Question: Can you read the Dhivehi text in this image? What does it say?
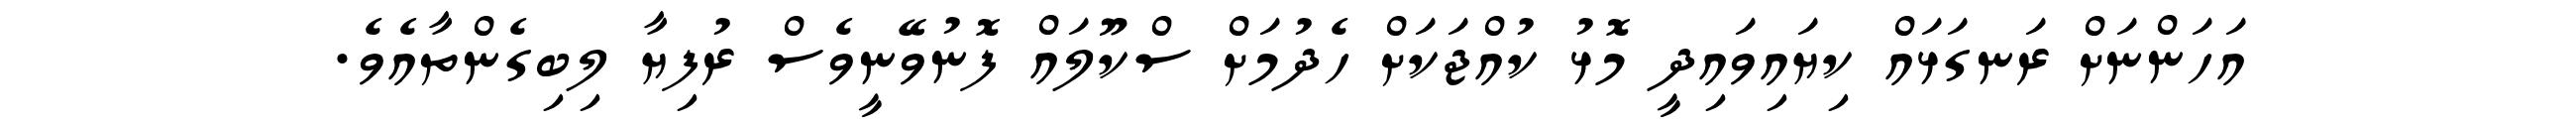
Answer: އަހަންނަށް ރަނގަޅައް ކިޔައިވައިދީ މޮޅު ކުއްޖަކަށް ހެދުމަށް ސްކޫލައް ފޮނުވޭނީވެސް ރުފިޔާ ލިބިގެންތާއެވެ.